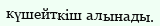
күшейткіш алынады.